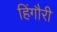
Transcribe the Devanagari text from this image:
हिंगौरी